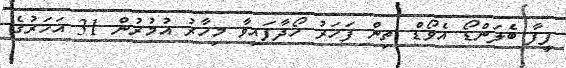
ފީފާ ބެލަންޑޯ އެވޯޑް ތިން ފަހަރު ހޯދާފައިވާ މިހާރު އުމުރުން 31 އަހަރުގެ